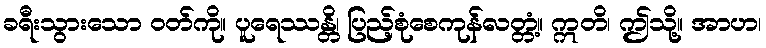
ခရီးသွားသော ဝတ်ကို။ ပူရေဿန္တိ၊ ပြည့်စုံစေကုန်လတ္တံ့။ ဣတိ၊ ဤသို့။ အာဟ၊